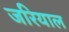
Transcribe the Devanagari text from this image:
जरियाल